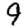
Digit: 9